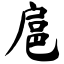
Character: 扈